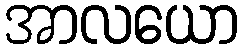
အာလယော